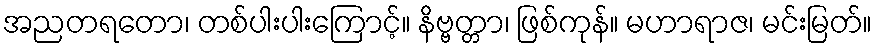
အညတရတော၊ တစ်ပါးပါးကြောင့်။ နိဗ္ဗတ္တာ၊ ဖြစ်ကုန်။ မဟာရာဇ၊ မင်းမြတ်။